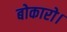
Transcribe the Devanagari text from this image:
बोकारो।